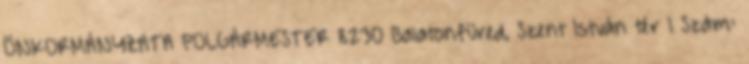
ÖNKORMÁNYZATA POLGÁRMESTER 8230 Balatonfüred, Szent István tér 1 Szám: